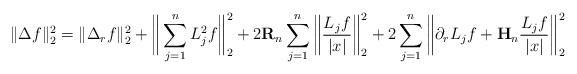
LaTeX: \begin{align*} \|\Delta f\|_{2}^2 = \|\Delta_r f \|_{2}^2 + \bigg\| \sum_{j=1}^n L_j^2f \bigg\|_{2}^2 + 2\mathbf{R}_{n} \sum_{j=1}^n \bigg\| \frac{L_jf}{|x|} \bigg\|_{2}^2 + 2\sum_{j=1}^n \bigg\| \partial_r L_jf + \mathbf{H}_n\frac{L_jf}{|x|} \bigg\|_{2}^2\end{align*}